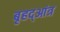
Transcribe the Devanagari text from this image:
बृहद्आंत्र